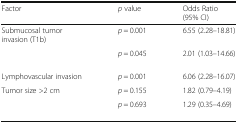
<table><thead><tr><td><b>Factor</b></td><td><b><i>p</i> value</b></td><td><b>Odds Ratio (95% CI)</b></td></tr></thead><tbody><tr><td>Submucosal tumor invasion (T1b)</td><td><i>p</i> = 0.001</td><td>6.55 (2.28–18.81)</td></tr><tr><td>[EMPTY_CELL]</td><td><i>p</i> = 0.045</td><td>2.01 (1.03–14.66)</td></tr><tr><td>Lymphovascular invasion</td><td><i>p</i> = 0.001</td><td>6.06 (2.28–16.07)</td></tr><tr><td>Tumor size &gt;2 cm</td><td><i>p</i> = 0.155</td><td>1.82 (0.79–4.19)</td></tr><tr><td>[EMPTY_CELL]</td><td><i>p</i> = 0.693</td><td>1.29 (0.35–4.69)</td></tr></tbody></table>